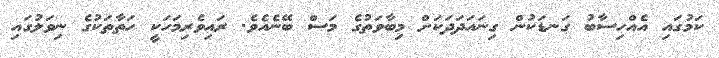
ކަމުގައި އެއްހިސާބު ގަނޑަކުން ގިނައަދަދަކަށް މިބާވަތުގެ މަސް ބޭނެއެވެ. ރައިވެރިމަހަކީ ހަތާތަކުގެ ނިވަލުގައި